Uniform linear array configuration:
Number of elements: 64
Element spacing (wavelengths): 0.25
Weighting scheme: exponential
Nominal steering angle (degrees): -45
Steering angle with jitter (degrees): -44.017
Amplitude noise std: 0.05
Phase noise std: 0.05

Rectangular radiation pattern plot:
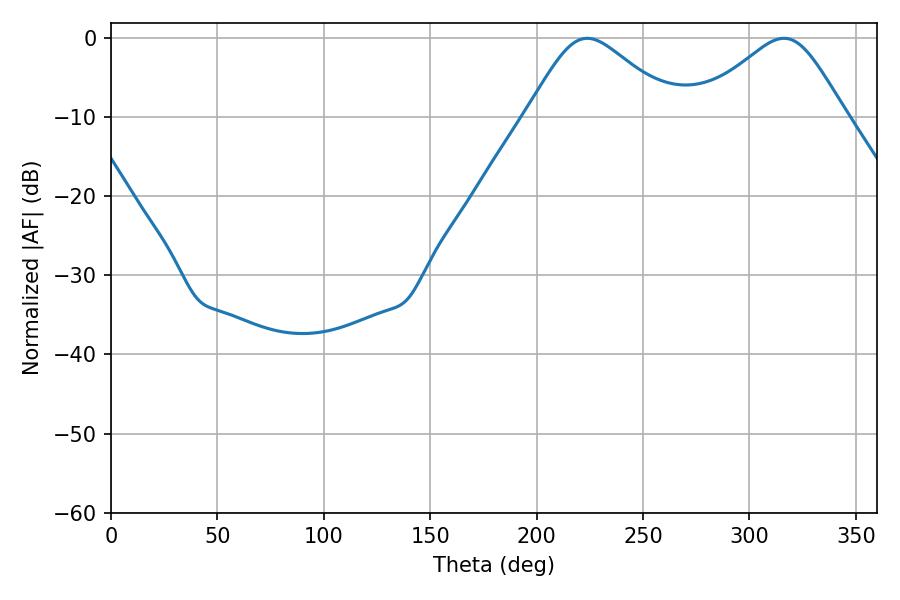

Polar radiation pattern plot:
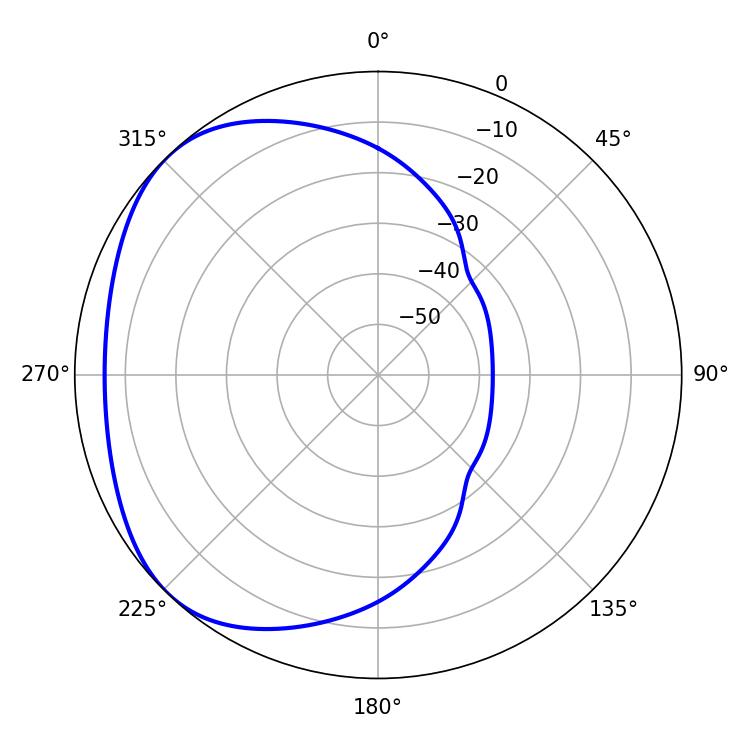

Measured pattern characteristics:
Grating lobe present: FALSE
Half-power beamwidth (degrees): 34.2
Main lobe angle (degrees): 223.74